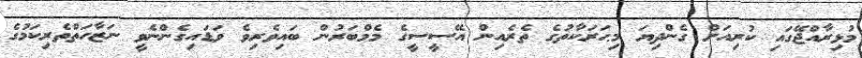
މުޅިރާއްޖޭގައި ކުރިއަށް ގެންދިޔަ މިޙަރަކާތުގެ ތެރެއިން އޭސީސީގެ މެމްބަރުން ބައިވެރިވެ ވަޑައިގެންނެވީ ނަޒާހަތްތެރިކަމުގެ